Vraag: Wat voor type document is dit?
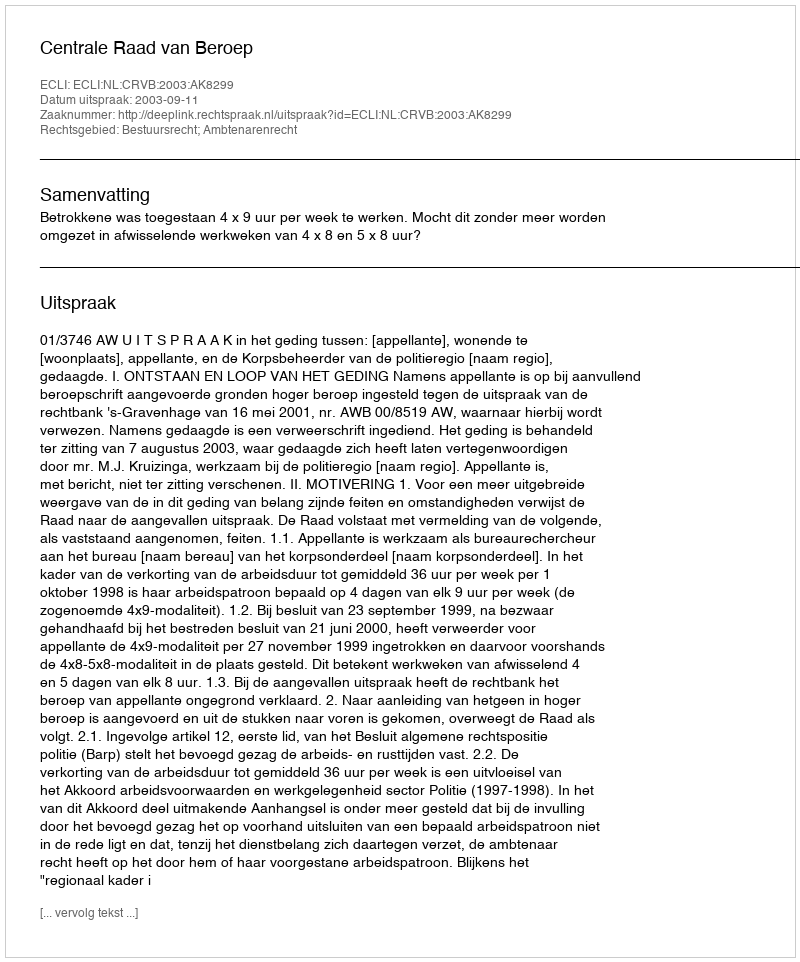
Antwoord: Uitspraak